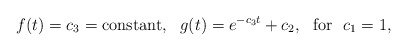
\begin{align*}f(t)=c_{3}=\mathrm{constant},\ \ g(t)=e^{-c_{3}t}+c_{2},\ \ \mathrm{for}\ \ c_{1}=1, \end{align*}